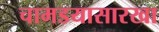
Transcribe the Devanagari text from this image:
चामडयासारखा